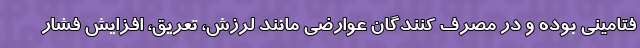
فتامینی بوده و در مصرف کنندگان عوارضی مانند لرزش، تعریق، افزایش فشار